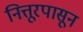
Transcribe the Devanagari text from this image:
नित्तूरपासून